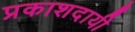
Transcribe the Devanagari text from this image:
प्रकाशदायी